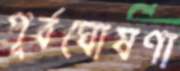
পূর্বঘোষণা